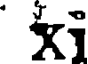
xi